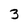
Character: 3